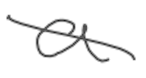
Text: a
Cross-out: diagonal
Writing tool: digital_gray